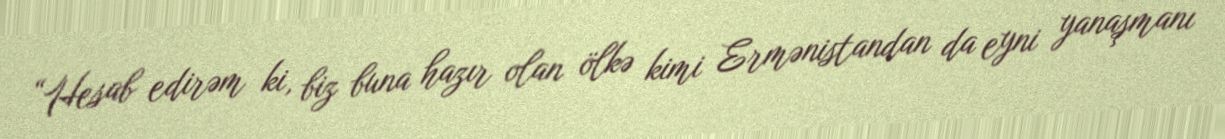
“Hesab edirəm ki, biz buna hazır olan ölkə kimi Ermənistandan da eyni yanaşmanı